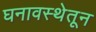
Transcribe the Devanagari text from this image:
घनावस्थेतून